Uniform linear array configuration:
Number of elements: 12
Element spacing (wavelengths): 0.5
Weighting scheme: hamming
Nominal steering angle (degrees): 15
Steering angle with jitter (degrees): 14.911
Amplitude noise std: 0.05
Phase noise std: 0.05

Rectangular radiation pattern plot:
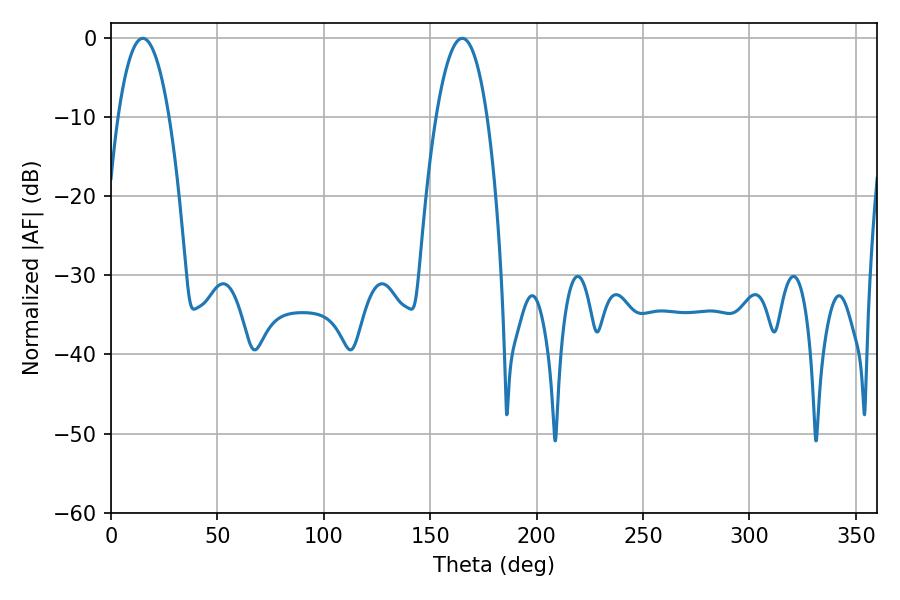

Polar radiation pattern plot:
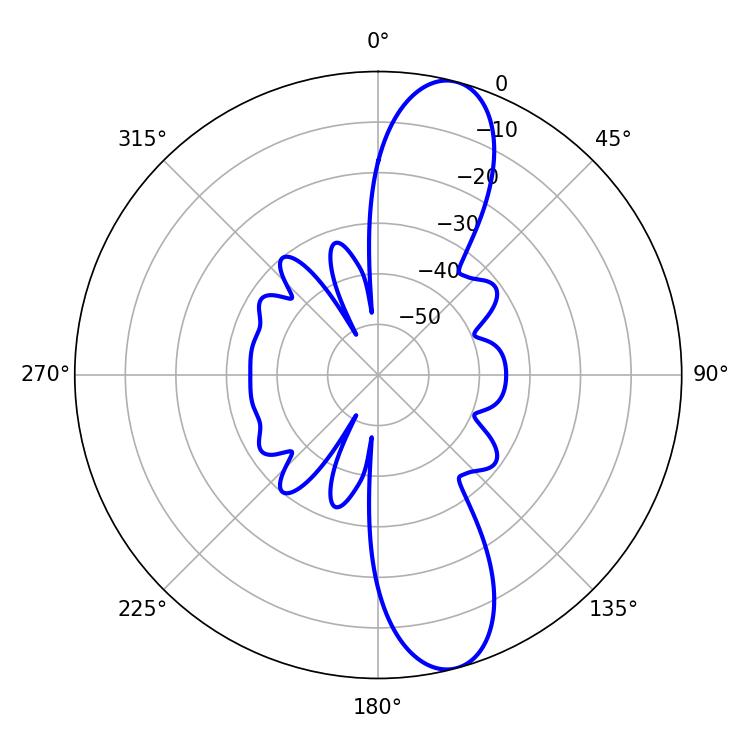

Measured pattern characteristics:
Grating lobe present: FALSE
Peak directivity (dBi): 11.914
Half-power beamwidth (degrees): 13.32
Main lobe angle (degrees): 14.94